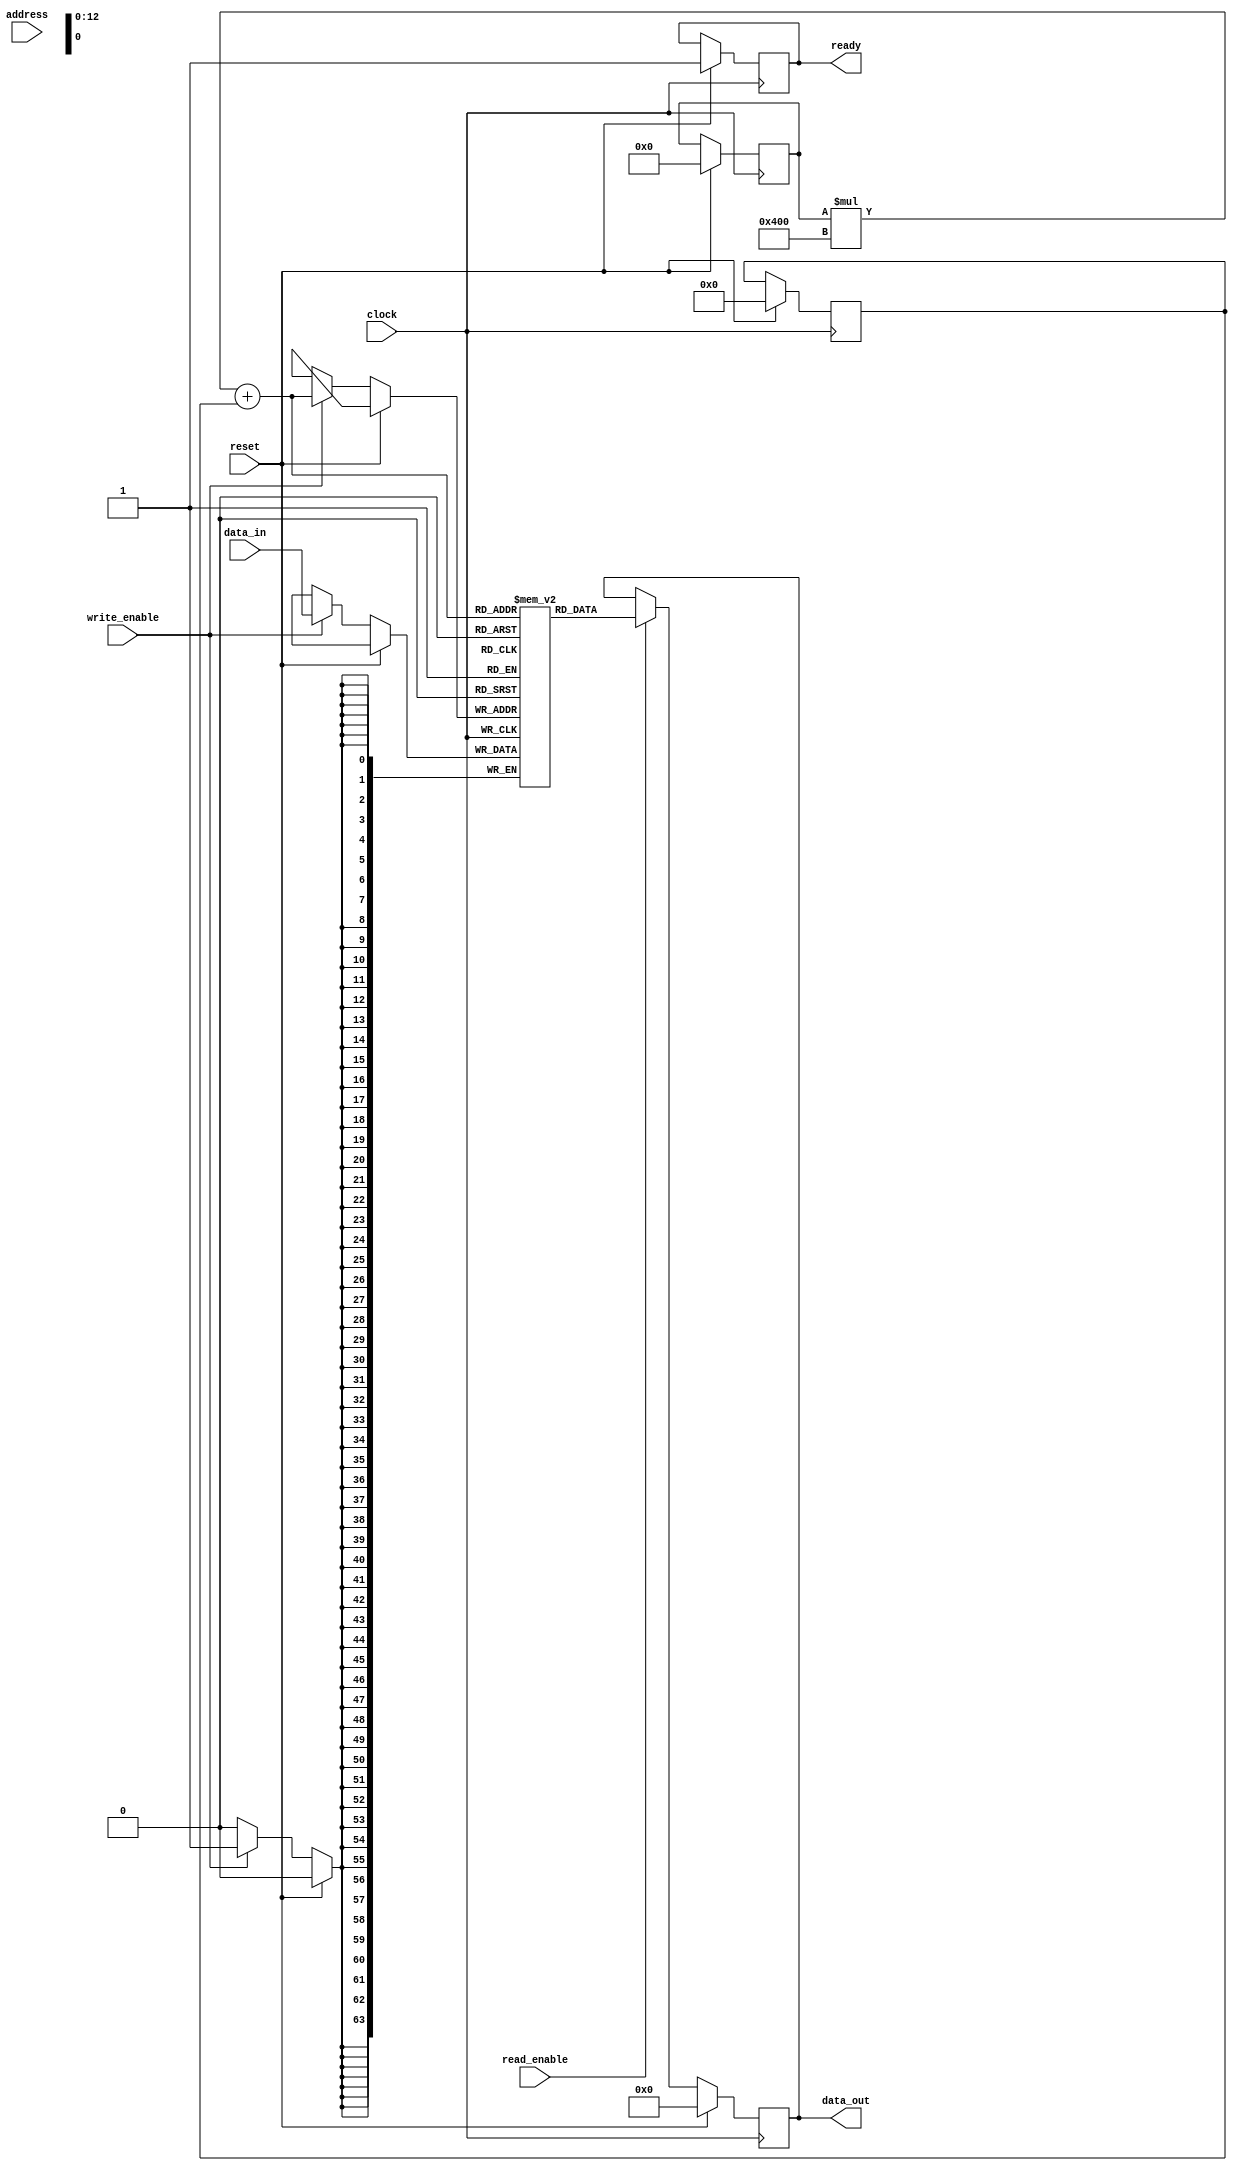
module MemoryBlocks_HBM (
    input wire [31:0] address,
    input wire [63:0] data_in,
    input wire write_enable,
    input wire read_enable,
    input wire clock,
    input wire reset,
    output reg [63:0] data_out,
    output reg ready
);

// Memory module parameters
parameter BANKS = 8;
parameter ROWS = 1024;
parameter ECC_ENABLED = 1;
parameter POWER_MANAGEMENT = 1;

// Memory module internal signals
reg [6:0] bank;
reg [9:0] row;
reg [63:0] memory [BANKS-1:0][ROWS-1:0];
reg [63:0] data_out_internal;

always @(posedge clock) begin
    if (reset) begin
        bank <= 0;
        row <= 0;
        data_out_internal <= 0;
        ready <= 1;
    end else begin
        if (write_enable) begin
            memory[bank][row] <= data_in;
        end
        if (read_enable) begin
            data_out_internal <= memory[bank][row];
        end
    end
end

always @(*) begin
    data_out = data_out_internal;
end

endmodule